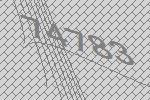
74783